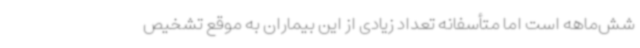
شش‌ماهه است اما متأسفانه تعداد زیادی از این بیماران به موقع تشخیص